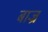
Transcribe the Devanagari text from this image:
बाज्र